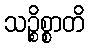
သဉ္စိစ္စာတိ